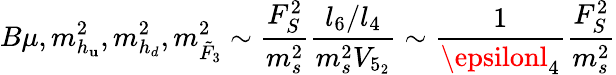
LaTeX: B\mu,m_{h_{\mathbf{u}}}^{2},m_{h_{d}}^{2},m_{\tilde{{F}}_{3}}^{2}\sim\frac{{F_{S}^{2}}}{{m_{s}^{2}}}\frac{{l_{6}/l_{4}}}{{m_{s}^{2}V_{5_{2}}}}\sim\frac{{1}}{{\epsilonl_{4}}}\frac{{F_{S}^{2}}}{{m_{s}^{2}}}